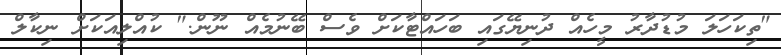
"ތިކަހަލަ މުޑުދާރު މީހެއް ދުނިޔޭގައި ބަހައްޓާކަށް ވެސް ބޭނުމެއް ނޫން." ކުއްލިއަކަށް ނިކާލް